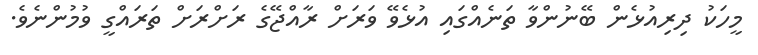
މީހަކު ދިރިއުޅެން ބޭނުންވާ ތަނެއްގައި އުޅެވޭ ވަރަށް ރާއްޖޭގެ ރަށްރަށް ތަރައްގީ ވުމުންނެވެ.